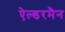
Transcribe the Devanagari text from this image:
ऐल्डरमैन